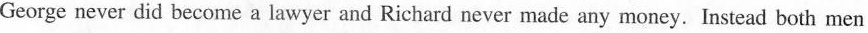
George never did become a lawyer and Richatd never made any money.Instead both men